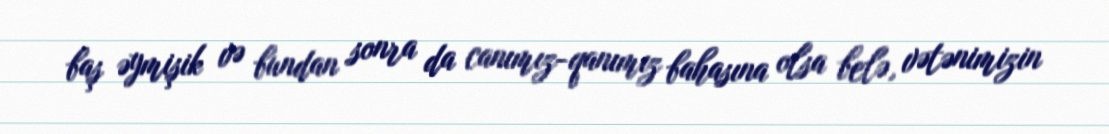
baş əymişik və bundan sonra da canımız-qanımız bahasına olsa belə, vətənimizin